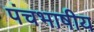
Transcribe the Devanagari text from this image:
पंचभाषीय